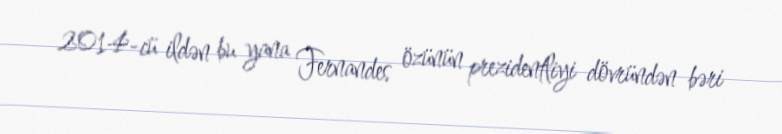
2014-cü ildən bu yana Fernandes özünün prezidentliyi dövründən bəri